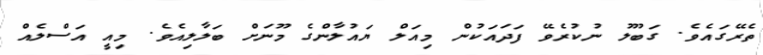
ތެރޭގައެވެ. ގަބޫލު ނުކުރެވޭ ފަދައަކުން މިއަލް ޔައުލާންގެ މޫނަށް ބަލާލިއެވެ. މިއީ އަސްލެއް